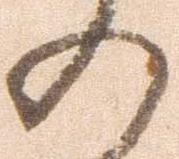
の